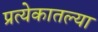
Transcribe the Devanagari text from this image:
प्रत्येकातल्या